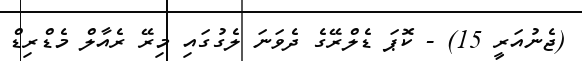
(ޖެނުއަރީ 15) - ކޮޕަ ޑެލްރޭގެ ދެވަނަ ލެގުގައި މިރޭ ރެއާލް މެޑްރިޑް